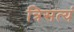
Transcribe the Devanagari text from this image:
त्रिसत्यं